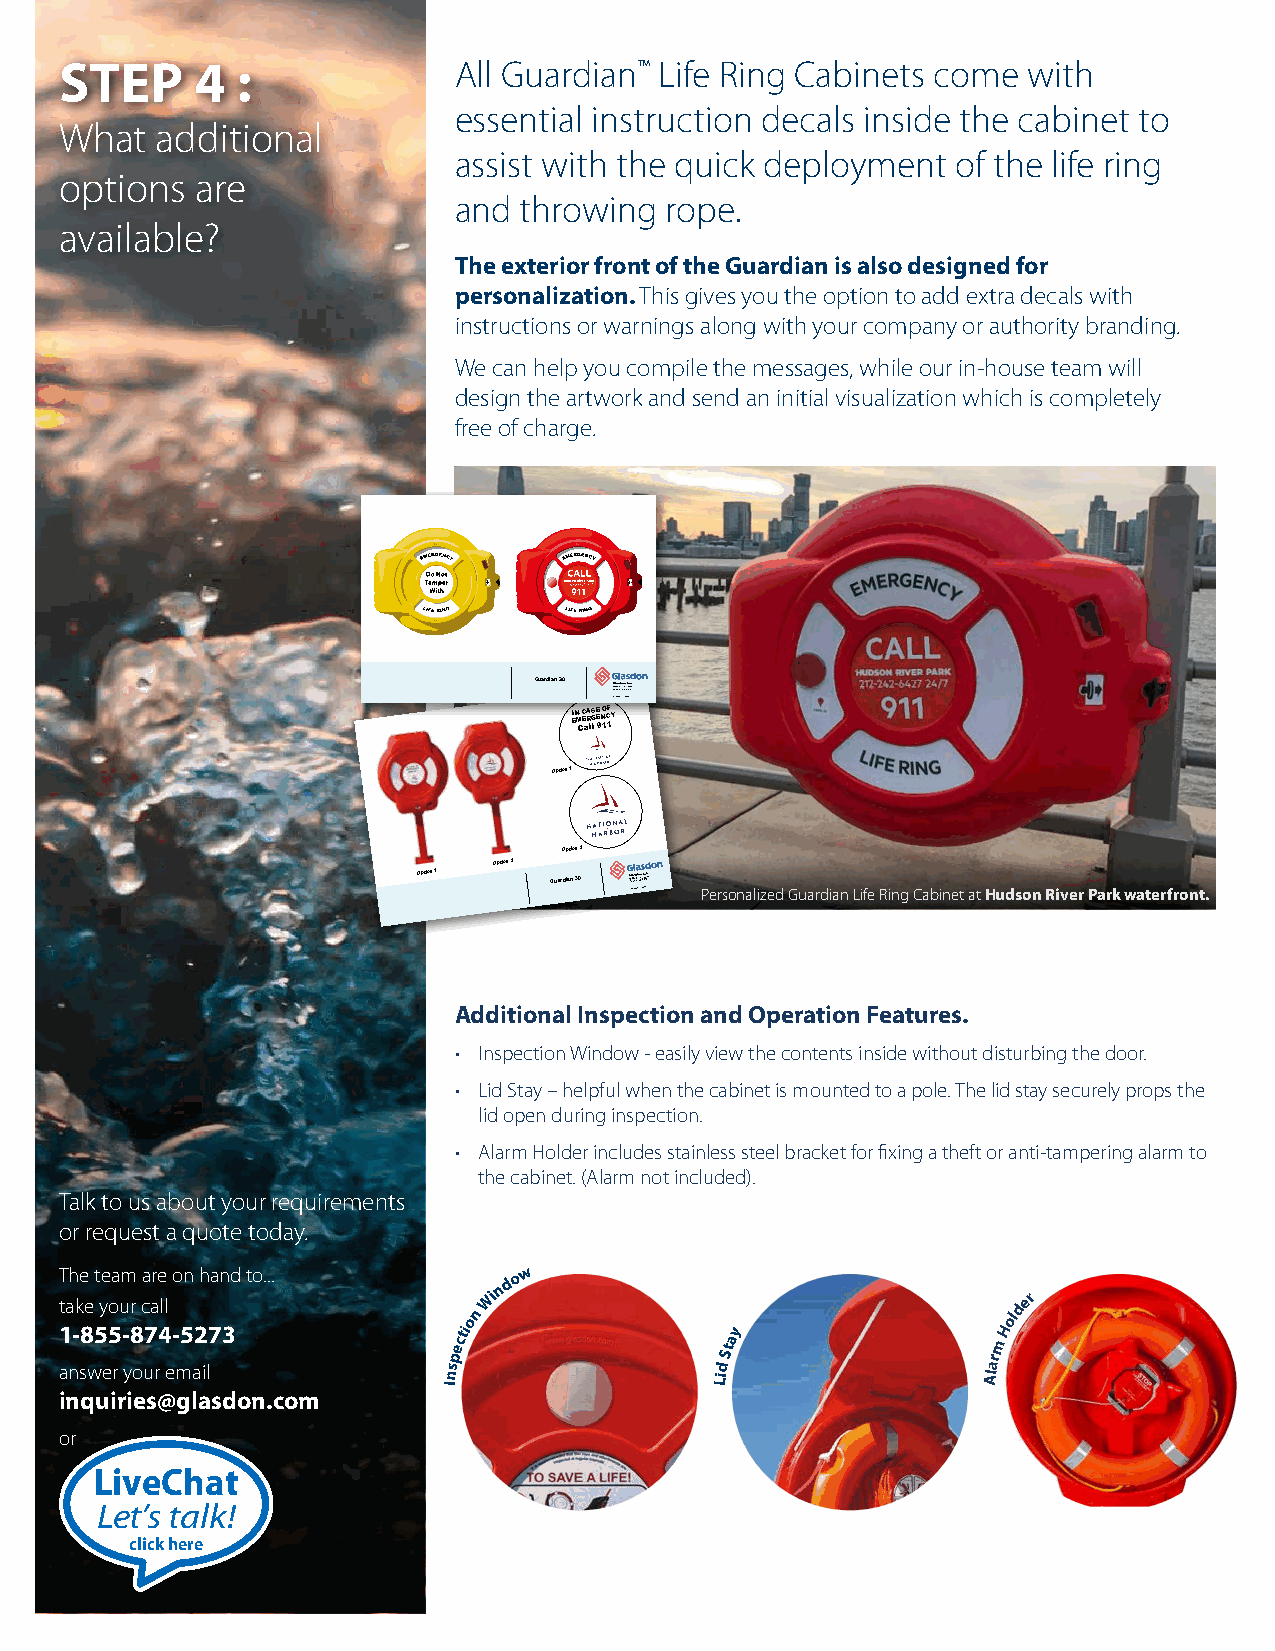
STEP     4  :             All Guardian™ Life Ring Cabinets come with
 essential instruction decals inside the cabinet to
 What  additional
 assist with the quick deployment of the life ring
 options  are
 and throwing  rope.
 available?
 The exterior front of the Guardian is also designed for
 personalization. This gives you the option to add extra decals with
 instructions or warnings along with your company or authority branding.
 We can help you compile the messages, while our in-house team will
 design the artwork and send an initial visualization which is completely
 free of charge.
 Guardian 30 G5Sa2ln0ad0sDst odAnno, tVhnAo, n 2yI3 1nR5oc0a.d
 ©Glasdon Inc 2018
 EIN M C C E aA R lS G l E E 9 N 1O C 1F Y
 Option 1
 Option 2
 Option 2
 Option 1 Guardian 30 G5S2a ©l0na G0d ls aDs std doA onon n,t n hV InoA, cn 2 2Iy 03n 1R1 85oc0a.d
 Personalized Guardian Life Ring Cabinet at Hudson River Park waterfront.
 Additional Inspection and Operation Features.
 • Inspection Window - easily view the contents inside without disturbing the door.
 • Lid Stay – helpful when the cabinet is mounted to a pole. The lid stay securely props the
 lid open during inspection.
 • Alarm Holder includes stainless steel bracket for fixing a theft or anti-tampering alarm to
 the cabinet. (Alarm not included).
 Talk to us about your requirements
 or request a quote today.
 The team are on hand to...   nd o w
 take your call
 on
 Wi                                 older
 1 an- s8 w5 e5
 r
 - y8 ou7 r4 e- m5 a2 il73 Inspecti
 Lid
 Stay
 Alarm
 H
 inquiries@glasdon.com
 or
 LiveChat
 Let’s talk!
 click here